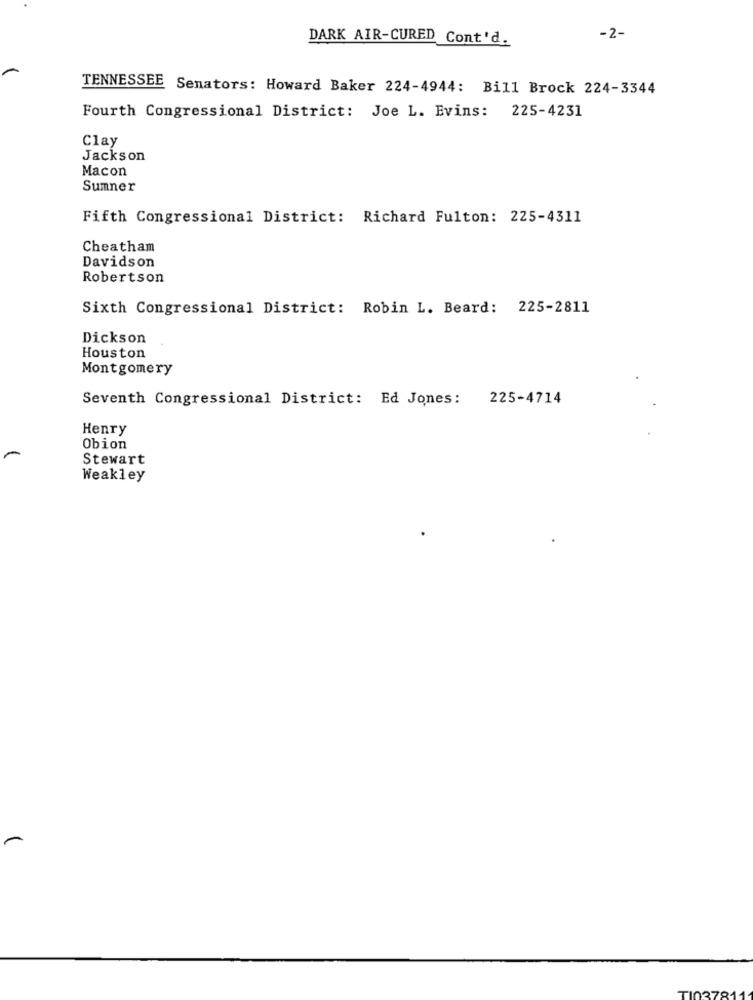
DARK AIR-CURED Cont'd.
-2-
TENNESSEE Senators: Howard Baker 224-4944: Bill Brock 224-3344
Fourth Congressional District: Joe L. Evins: 225-4231
Clay
Jackson
Macon
Sumner
Fifth Congressional District: Richard Fulton: 225-4311
Cheatham
Davidson
Robertson
Sixth Congressional District: Robin L. Beard: 225-2811
Dickson
Houston
Montgomery
Seventh Congressional District: Ed Jones:
225-4714
Henry
Obion
-
Stewart
Weakley